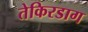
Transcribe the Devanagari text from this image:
तेकिरडाग